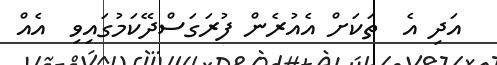
އަދި އެ  ތަކަށް އެއުރެން ފުރަގަސްދޭކަމުގައިވި  އެއް